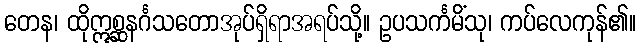
တေန၊ ထိုဣစ္ဆနင်္ဂသတောအုပ်ရှိရာအရပ်သို့။ ဥပသင်္ကမိံသု၊ ကပ်လေကုန်၏။